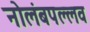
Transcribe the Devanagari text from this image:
नोलंबपल्लव